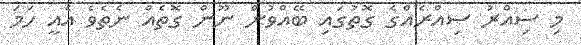
މި ސިއްރު ސިއްރެއްގެ ގޮތުގައި ބޭއްވުން ނޫން ގޮތެއް ނެތެވެ އެއީ ހަމަ